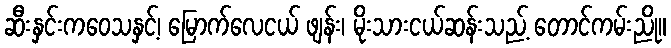
ဆီးနှင်းကဝေသနှင့်၊ မြောက်လေငယ် ဖျန်း၊ မိုးသားငယ်ဆန်းသည့် တောင်ကမ်းညို။